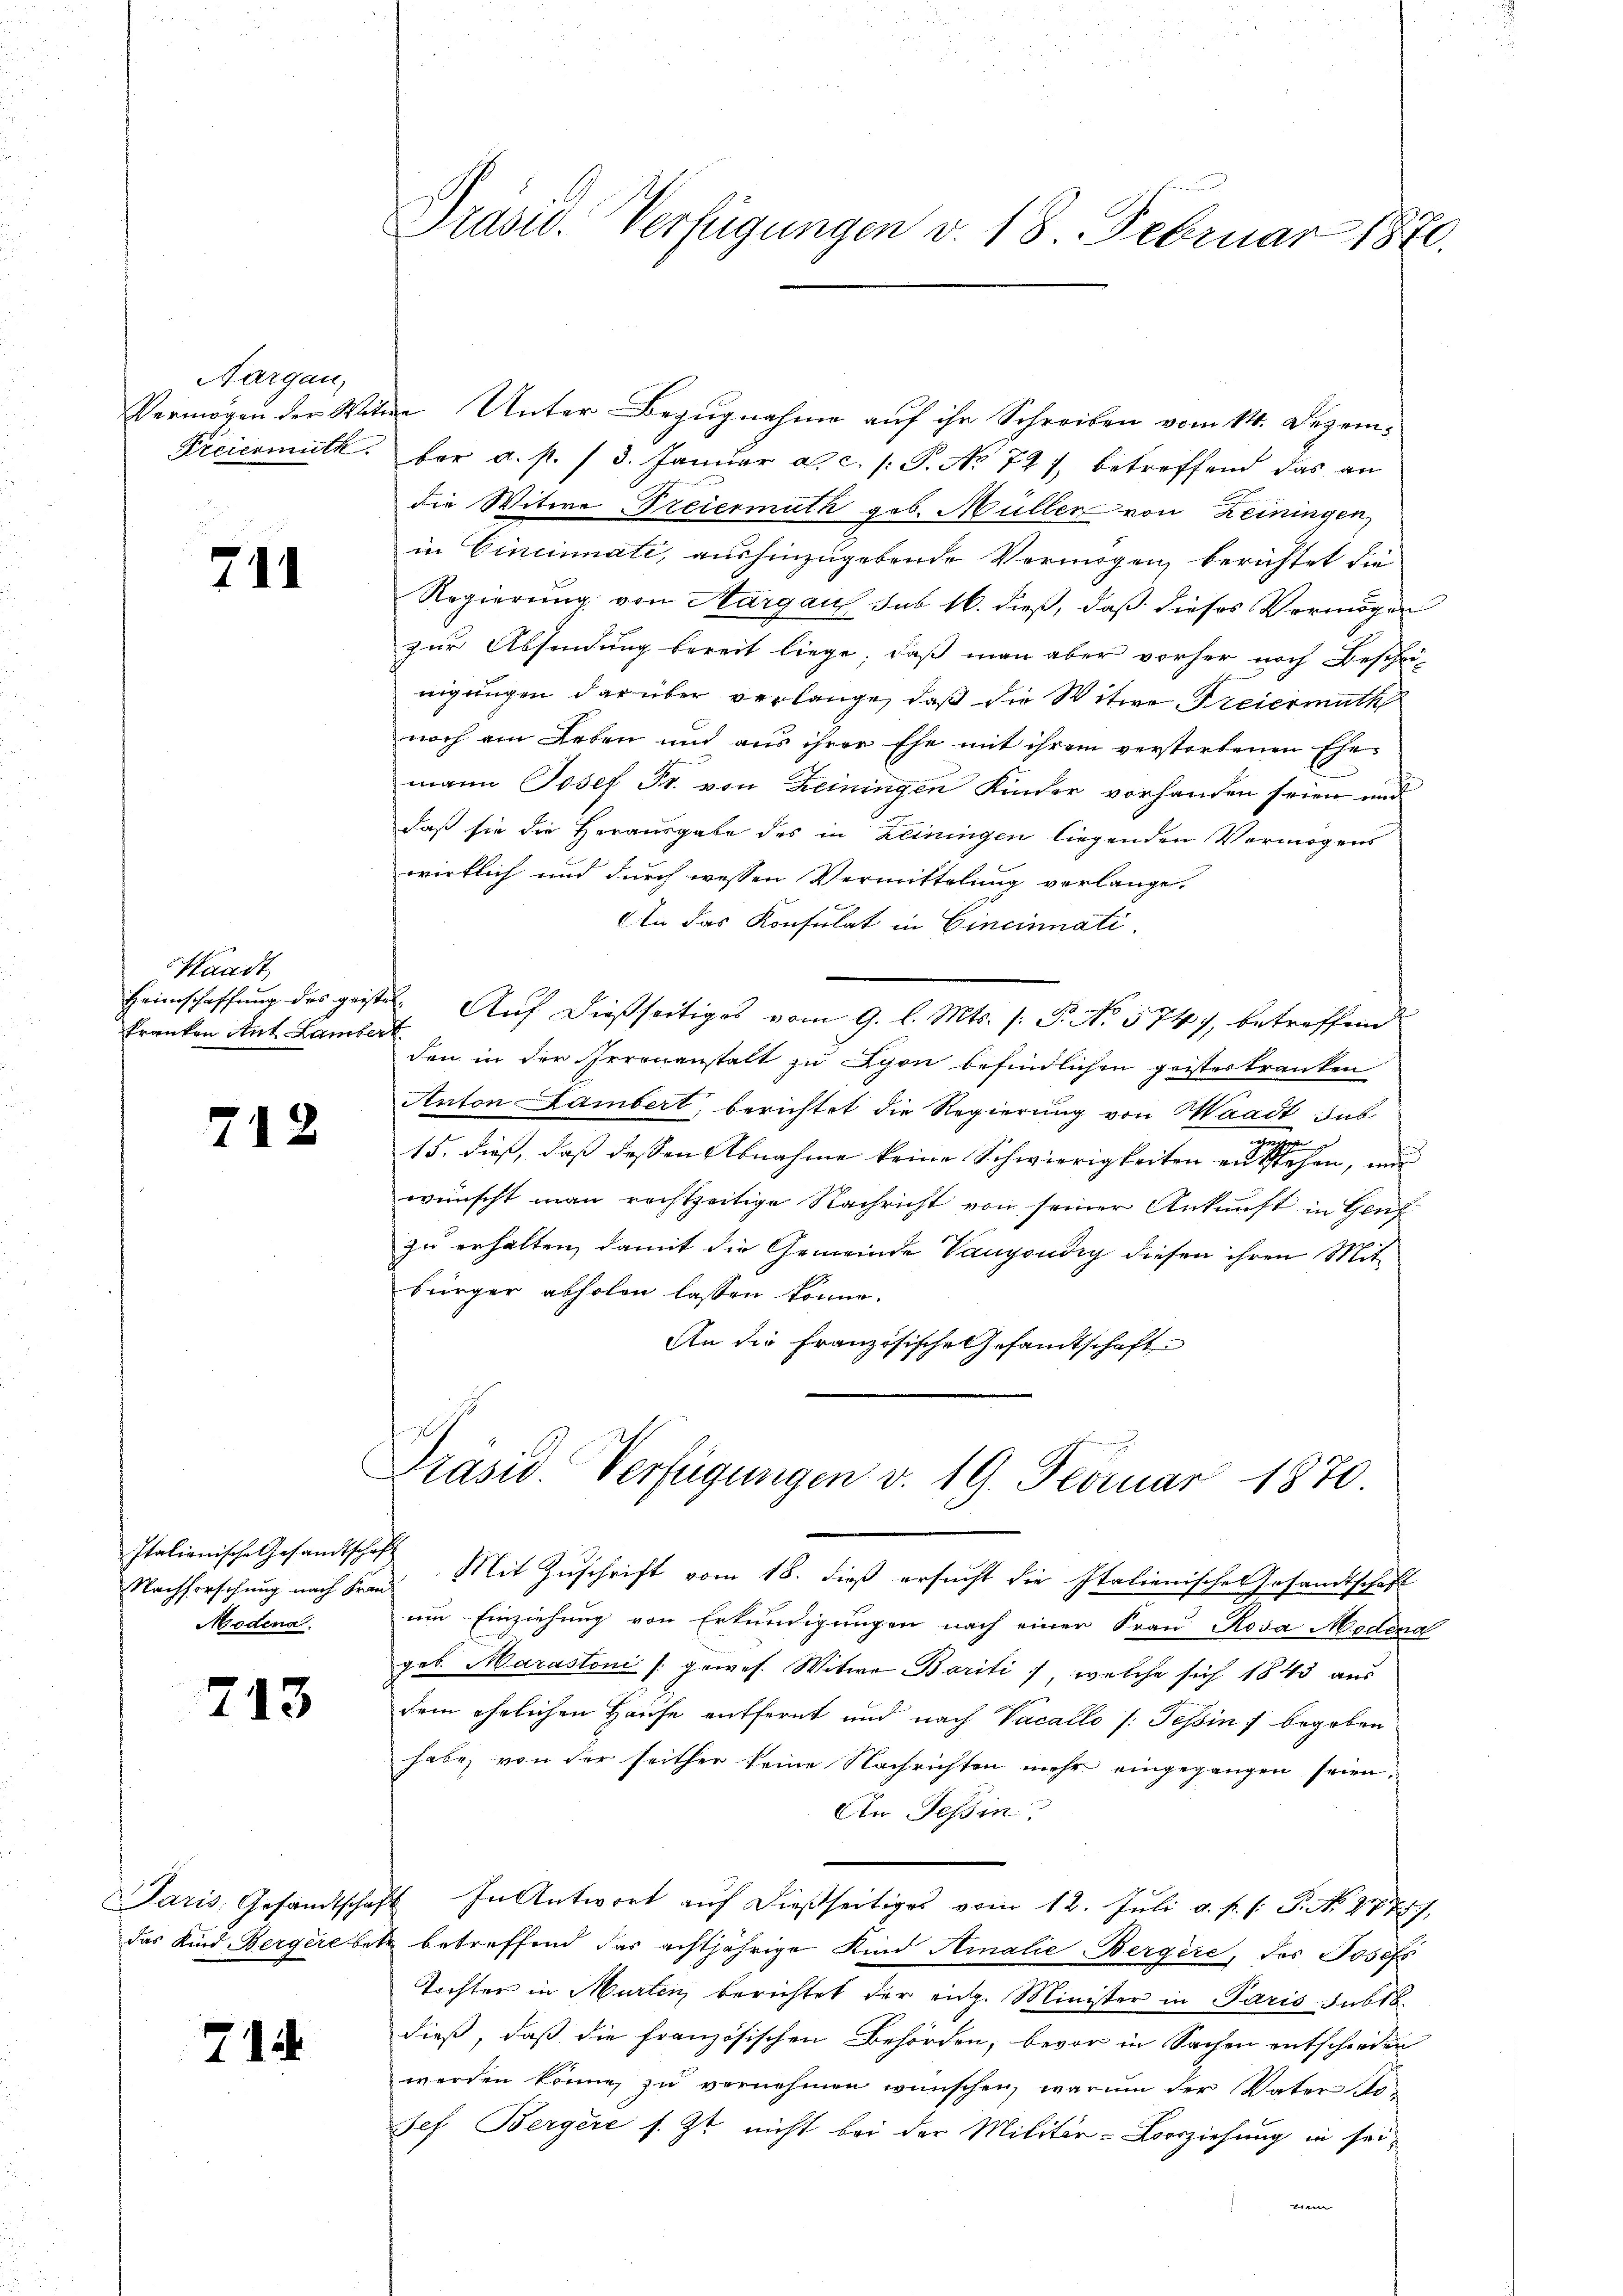
Aargau,

741

Waadt,
kranken Aut Lambert

712

Italienische Gesandtschaft
Modena.

713

71

Vermögen der Witwe Unter Bezugnahme auf ihr Schreiben vom 14. Dezem¬
Freiermuth. der a. p. / 3. Januar a. c. s. S. No 727 betreffend das an
die Witwe Steiermuth geb. Müller von Reiningen
in Cincinati, aushinzugebende Vermögen, berichtet die
Regierung von Aargau sub 16. dieß, daß dieses Vermögen
zur Absendung bereit liege, daß man aber vorher noch Bescheinigungen darüber verlange, daß die Witwe Freiermuth
noch von Leben und aus ihrer Ehe mit ihrem verstorbenen Ehe-
mann Josef Fr. von Heiningen Kinder vorhanden seien und
daß sie die Herausgabe des in Leiningen liegenden Vermögens
wirklich und durch wessen Vermittelung verlange.
6. In das Konsulat in Cincinati
Heimschaffung des geistet. Auf dießseitiges vom 9. l. Mts. (: P. No 574, betreffend
den in der Irrenanstalt zu Lyon befindlichen geisterkranken
Anton Lambert, berichtet die Regierung von Waadt, sub
15. dieß, daß dessen Abnahme keine Schwierigkeiten eine stehen, und
wünscht man rechtzeitige Nachricht von seiner Ankunft in Genf
zu erhalten, damit die Gemeinde Vaugondig diesen ihren Mit
bürger abholen lassen könne.
An die Französische Gesandtschaft

Präsid. Verfügungen v. 18. Februar 1870.

Präsid. Verfügungen v. 19. Februar 1870.

Nachforschung nach Frau Mit Zuschrift vom 18. dieß ersucht die Italienische Gesandtschaft
um Einziehung von Erkundigungen nach einer Frau Rosa Modena
geb. Marastoni /: gewes. Witwe Bariti, welche sich 1843 aus
dem ehelichen Hause entfernt und nach Vacallo s: Tessin 7 begeben
habe, von der seither keine Nachrichten mehr eingegangen seien.
An Tessin:
Paris Gesandtschaft. In Antwort aŭf dießseitiges vom 12. Jŭli a. f. (: P. N. 277,
das Kind Bergere bett betreffend das achtjährige Kind Ninalie Bergère, des Josef
Tochter in Murten, berichtet der eidg. Minister in Paris subro
dieß, daß die französischen Behörden, bevor in Sachen entschieden
werden könne, zu vernehmen wünschen, warum der Vater Josef Bergere s. Zt. nicht bei der Militär-Berziehung in sei-
eiem